Report of the King Institute of Preventive Medicine, Guindy
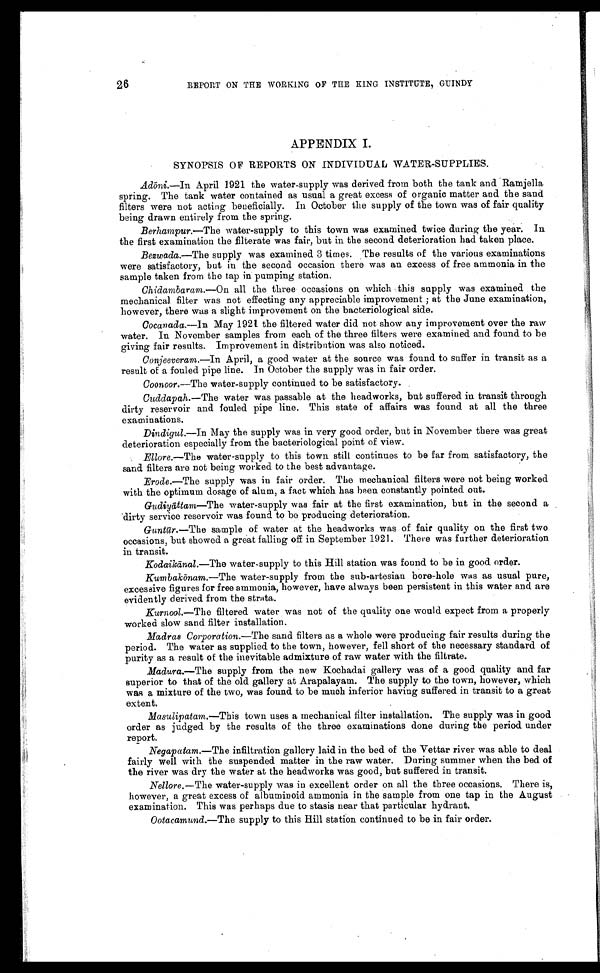
26
REPORT ON THE WORKING OF THE KING INSTITUTE, GUINDY
APPENDIX I.
SYNOPSIS OF REPORTS ON INDIVIDUAL WATER-SUPPLIES.
Adōni.— In April 1921 the water-supply was derived from both the tank and Ramjella
spring. The tank water contained as usual a great excess of organic matter and the sand
filters were not acting beneficially. In October the supply of the town was of fair quality
being drawn entirely from the spring.
Berhampur.— The water-supply to this town was examined twice during the year. In
the first examination the filterate was fair, but in the second deterioration had taken place.
Bezwada.—The supply was examined 3 times. The results of the various examinations
were satisfactory, but in the second occasion there was an excess of free ammonia in the
sample taken from the tap in pumping station.
Chidambaram.— On all the three occasions on which .this supply was examined the
mechanical filter was not effecting any appreciable improvement ; at the June examination,
however, there was a slight improvement on the bacteriological side.
Cocanada.— In May 1921 the filtered water did not show any improvement over the raw
water. In November samples from each of the three filters were examined and found to be
giving fair results. Improvement in distribution was also noticed.
Conjeeveram. —In April, a good water at the source was found to suffer in transit as a
result of a fouled pipe line. In October the supply was in fair order.
Coonoor.—The water-supply continued to be satisfactory.
Cuddapah .—The water was passable at the headworks, but suffered in transit through
dirty reservoir and fouled pipe line. This state of affairs was found at all the three
examinations.
Dindigul .—In May the supply was in very good order, but in November there was great
deterioration especially from the bacteriological point of view.
Ellore .—The water-supply to this town still continues to be far from satisfactory, the
sand filters are not being worked to the best advantage.
Erode .—The supply was in fair order. The mechanical filters were not being worked
with the optimum dosage of alum, a fact which has been constantly pointed out.
Gudiyā ttam—The water-supply was fair at the first examination, but in the second a
dirty service reservoir was found to be producing deterioration.
Guntū r.—The sample of water at the headworks was of fair quality on the first two
occasions, but showed a great falling off in September 1921. There was further deterioration
in transit.
K o d a i k
ā n a l
. — T h e w a t e r - s u p p l y t o t h i s H i l l s t a t i o n w a s f o u n d t o b e i n g o o d o r d e r .
Kumbakōnam.—The water-supply from the sub-artesian bore-hole was as usual pure,
excessive figures for free ammonia, however, have always been persistent in this water and are
evidently derived from the strata.
Kurnool.—The filtered water was not of the quality one would expect from a properly
worked slow sand filter installation.
Madras Corporation. —The sand filters as a whole were producing fair results during the
period. The water as supplied to the town, however, fell short of the necessary standard of
purity as a result of the inevitable admixture of raw water with the filtrate.
Madura.—The supply from the new Kochadai gallery was of a good quality and far
superior to that of the old gallery at Arapalayam. The supply to the town, however, which
was a mixture of the two, was found to be much inferior having suffered in transit to a great
extent.
Masulipatam. —This town uses a mechanical filter installation. The supply was in good
order as judged by the results of the three examinations done during the period under
report.
Negapatam. —The infiltration gallery laid in the bed of the Vettar river was able to deal
fairly well with the suspended matter in the raw water. During summer when the bed of
the river was dry the water at the headworks was good, but suffered in transit.
Nellore. —The water-supply was in excellent order on all the three occasions. There is,
however, a great excess of albuminoid ammonia in the sample from one tap in the August
examination. This was perhaps due to stasis near that particular hydrant.
Ootacamund .—The supply to this Hill station continued to be in fair order.